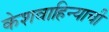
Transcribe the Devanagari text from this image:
केशवाहिन्याची